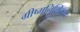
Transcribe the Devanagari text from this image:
ग्रीष्मनिश्ष्क्रिय